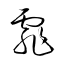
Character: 霏